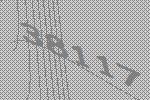
38117